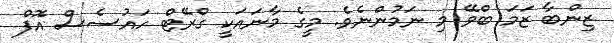
ޒިންބާ ޒަމަ ބްވޭ މި ނަމުންނެވެ. މީގެ މާނައަކީ ގްރޭޓް ހައުސެސް އޮފް